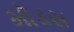
મૉડસ